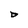
Character: D